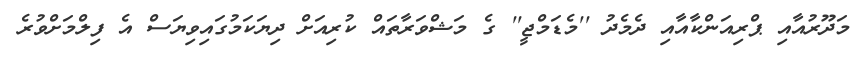
މަދޫރުއާއި ޕްރިއަންކާއާއި ދެމެދު ''މެޑަމްޖީ'' ގެ މަޝްވަރާތައް ކުރިއަށް ދިޔަކަމުގައިވިޔަސް އެ ފިލްމަށްވުރެ